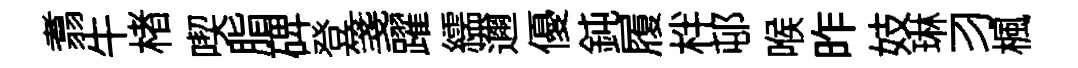
翥牛楮喫脂𥓓登箋躍繻邇優鈍履柈邨喉昨妓琳习楓